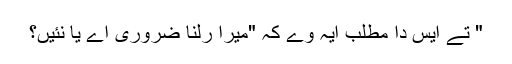
" تے ایس دا مطلب ایہ وے کہ "میرا رلنا ضروری اے یا نئیں؟